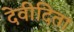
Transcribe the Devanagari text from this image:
देवीदिता